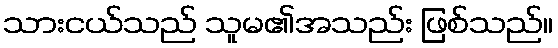
သားငယ်သည် သူမ၏အသည်း ဖြစ်သည်။